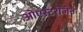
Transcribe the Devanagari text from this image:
ओएस्टरोजेन